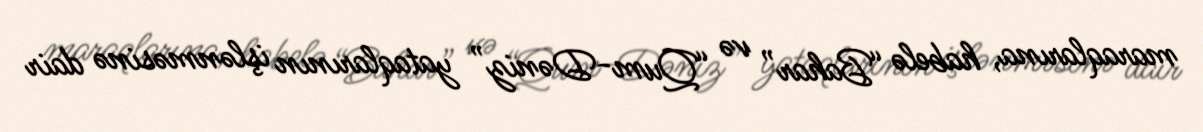
maraqlarına, habelə “Bahar” və “Qum-Dəniz” yataqlarının işlənməsinə dair